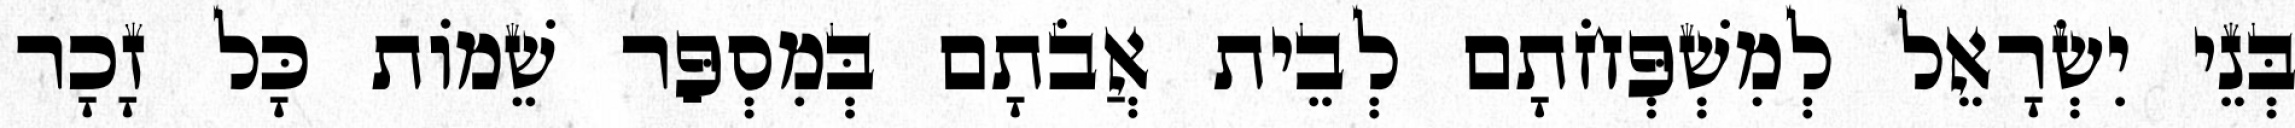
בְּנֵי יִשְׂרָאֵל לְמִשְׁפְּחֹתָם לְבֵית אֲבֹתָם בְּמִסְפַּר שֵׁמוֹת כָּל זָכָר